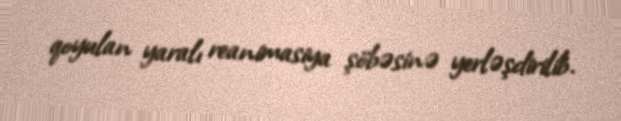
qoyulan yaralı reanimasiya şöbəsinə yerləşdirilib.